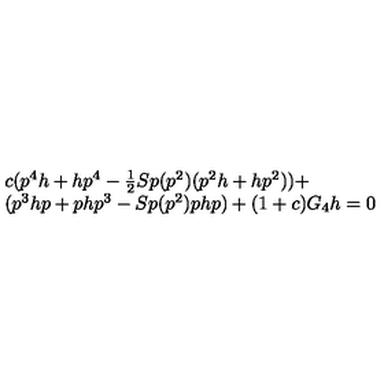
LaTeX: \begin{array} { l } { c ( p ^ { 4 } h + h p ^ { 4 } - \frac { 1 } { 2 } S p ( p ^ { 2 } ) ( p ^ { 2 } h + h p ^ { 2 } ) ) + } \\ { ( p ^ { 3 } h p + p h p ^ { 3 } - S p ( p ^ { 2 } ) p h p ) + ( 1 + c ) G _ { 4 } h = 0 } \\ \end{array}